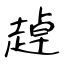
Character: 趠